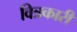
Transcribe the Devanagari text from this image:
वित्रकारी